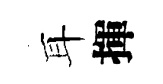
耳揮